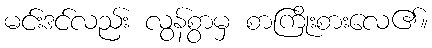
မင်းဒင်လည်း လွန်စွာမှ စာကြိုးစားလေ၏။